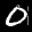
Label: 0